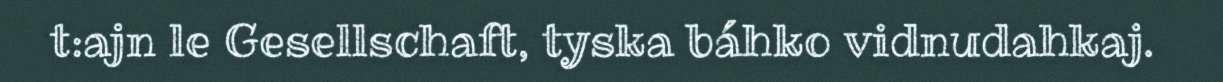
t:ajn le Gesellschaft, tyska báhko vidnudahkaj.